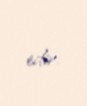
edir.